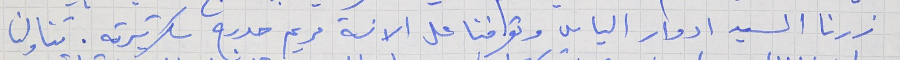
زرنا السيد ادوار الياس وتعرفنا على الانسة مريم حدرج سكرتيرته. تناولنا